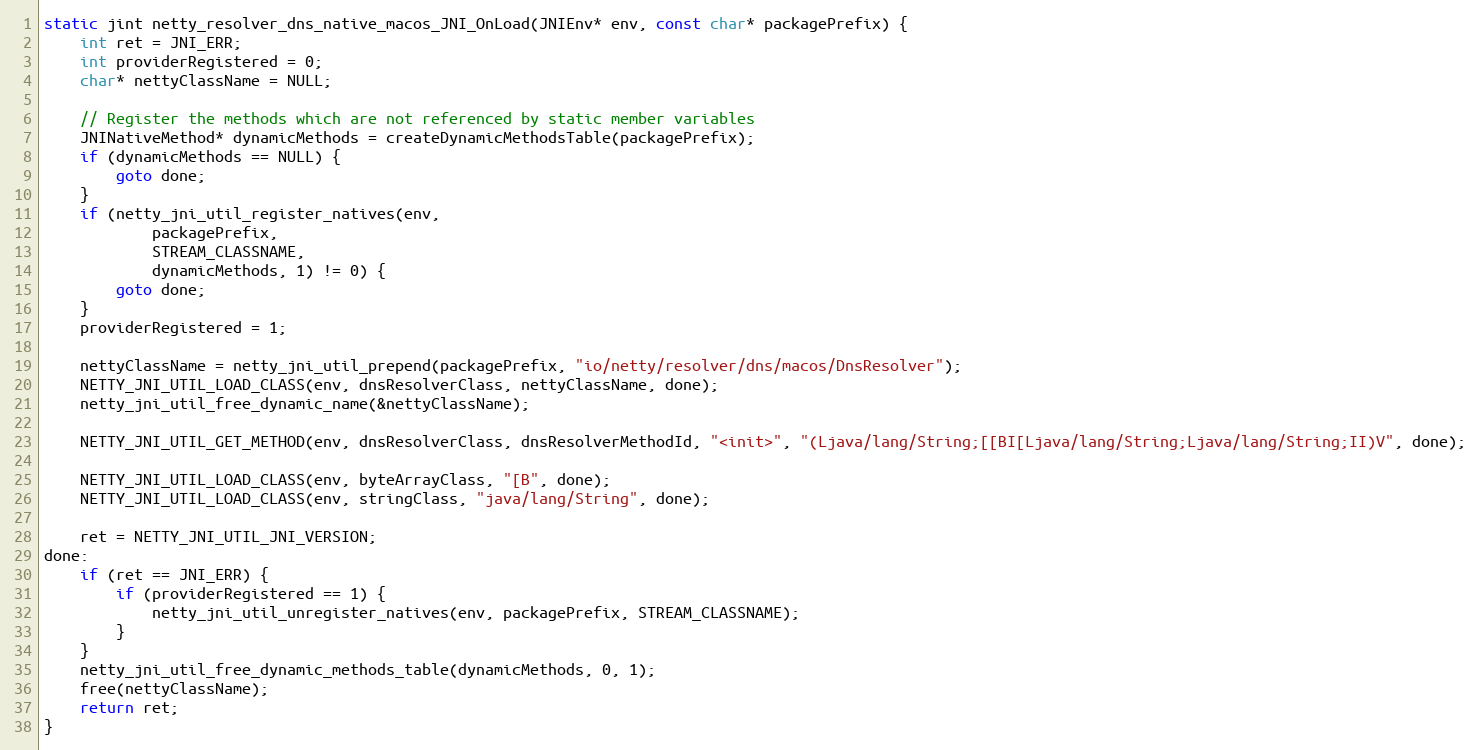
Language: C
static jint netty_resolver_dns_native_macos_JNI_OnLoad(JNIEnv* env, const char* packagePrefix) {
    int ret = JNI_ERR;
    int providerRegistered = 0;
    char* nettyClassName = NULL;

    // Register the methods which are not referenced by static member variables
    JNINativeMethod* dynamicMethods = createDynamicMethodsTable(packagePrefix);
    if (dynamicMethods == NULL) {
        goto done;
    }
    if (netty_jni_util_register_natives(env,
            packagePrefix,
            STREAM_CLASSNAME,
            dynamicMethods, 1) != 0) {
        goto done;
    }
    providerRegistered = 1;

    nettyClassName = netty_jni_util_prepend(packagePrefix, "io/netty/resolver/dns/macos/DnsResolver");
    NETTY_JNI_UTIL_LOAD_CLASS(env, dnsResolverClass, nettyClassName, done);
    netty_jni_util_free_dynamic_name(&nettyClassName);

    NETTY_JNI_UTIL_GET_METHOD(env, dnsResolverClass, dnsResolverMethodId, "<init>", "(Ljava/lang/String;[[BI[Ljava/lang/String;Ljava/lang/String;II)V", done);

    NETTY_JNI_UTIL_LOAD_CLASS(env, byteArrayClass, "[B", done);
    NETTY_JNI_UTIL_LOAD_CLASS(env, stringClass, "java/lang/String", done);

    ret = NETTY_JNI_UTIL_JNI_VERSION;
done:
    if (ret == JNI_ERR) {
        if (providerRegistered == 1) {
            netty_jni_util_unregister_natives(env, packagePrefix, STREAM_CLASSNAME);
        }
    }
    netty_jni_util_free_dynamic_methods_table(dynamicMethods, 0, 1);
    free(nettyClassName);
    return ret;
}